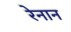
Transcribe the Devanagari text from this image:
रेनान